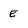
Character: E